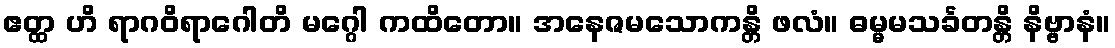
ဧတ္ထ ဟိ ရာဂဝိရာဂေါတိ မဂ္ဂေါ ကထိတော။ အနေဇမသောကန္တိ ဖလံ။ ဓမ္မမသင်္ခတန္တိ နိဗ္ဗာနံ။